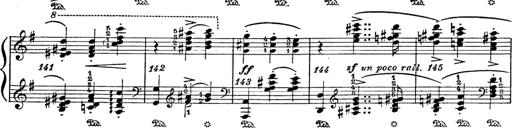
Title: 6 Polish Songs
Composer: Franz Liszt